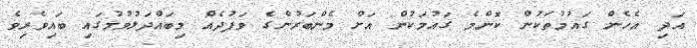
އަދި އެހެން ގައުމުތަކުން ކޮންމެ ގައުމަކުން އަށް މެންބަރުންގެ ވަފުދެއް މިބައްދަލުވުމުގައި ބައިވެރިވެ